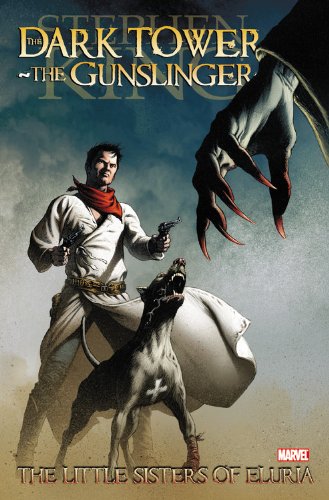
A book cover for Dark Tower: The Gunslinger - The Little Sisters of Eluria; Stephen King; Comics & Graphic Novels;